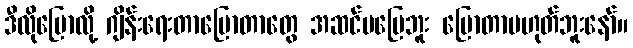
ဒီလိုပြောလို့ ဂျိန်းရေးတာပြောတာတွေ အဆင်မပြေဘူး ပြောတာမဟုတ်ဘူးနော်။